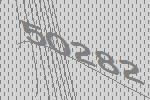
50282